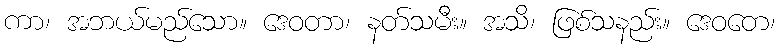
ကာ၊ အဘယ်မည်သော။ ဒေဝတာ၊ နတ်သမီး။ အသိ၊ ဖြစ်သနည်း။ ဒေဝတေ၊